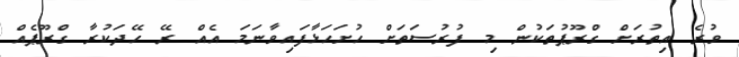
ވުރެ އިތުރަށް ގްރޫޕުތަކުން މި ފުރުސަތަށް ހުށަހަޅާފައިވާނަމަ އެއް ރޭ ހޭދަކުރާ ގްރޫޕެއް